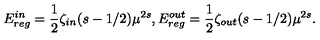
E _ { r e g } ^ { i n } = \frac { 1 } { 2 } \zeta _ { i n } ( s - 1 / 2 ) \mu ^ { 2 s } , E _ { r e g } ^ { o u t } = \frac { 1 } { 2 } \zeta _ { o u t } ( s - 1 / 2 ) \mu ^ { 2 s } .